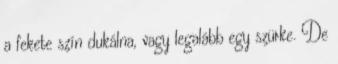
a fekete szín dukálna, vagy legalább egy szürke. De